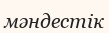
мәндестік